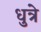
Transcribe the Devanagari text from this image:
धुत्रे